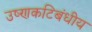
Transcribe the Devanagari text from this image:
उष्‍णकटिबंधीय